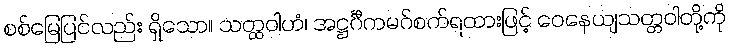
စစ်မြေပြင်လည်း ရှိသော။ သတ္ထဝါဟံ၊ အဋ္ဌင်္ဂီကမဂ်စက်ရထားဖြင့် ဝေနေယျသတ္တဝါတို့ကို